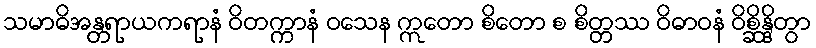
သမာဓိအန္တရာယကရာနံ ဝိတက္ကာနံ ဝသေန ဣတော စိတော စ စိတ္တဿ ဝိဓာဝနံ ဝိစ္ဆိန္ဒိတွာ